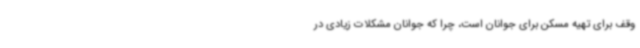
وقف برای تهیه مسکن برای جوانان است، چرا که جوانان مشکلات زیادی در